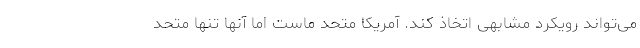
می‌تواند رویکرد مشابهی اتخاذ کند. آمریکا متحد ماست اما آنها تنها متحد